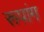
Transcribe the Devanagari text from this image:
रूपांग